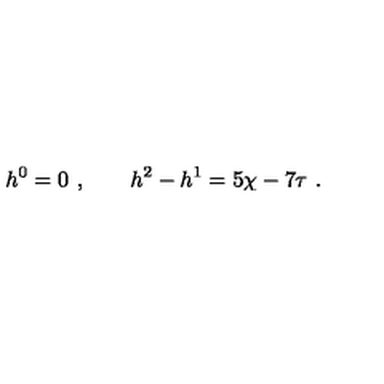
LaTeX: h ^ { 0 } = 0 \ , \qquad h ^ { 2 } - h ^ { 1 } = 5 \chi - 7 \tau \ .